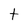
Character: t